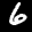
Label: 6